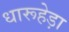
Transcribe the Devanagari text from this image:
धारूहेड़ा